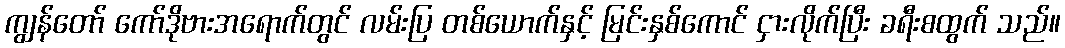
ကျွန်တော် ကော်ဒိုဗားအရောက်တွင် လမ်းပြ တစ်ယောက်နှင့် မြင်းနှစ်ကောင် ငှားလိုက်ပြီး ခရီးစထွက် သည်။